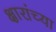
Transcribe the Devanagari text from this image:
क्षारांच्या